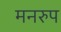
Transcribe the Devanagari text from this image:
मनरुप